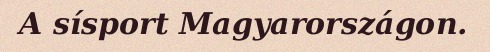
A sísport Magyarországon.